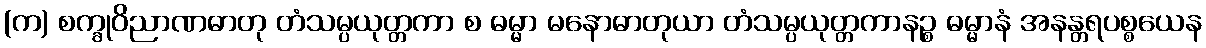
(က) စက္ခုဝိညာဏဓာတု တံသမ္ပယုတ္တကာ စ ဓမ္မာ မနောဓာတုယာ တံသမ္ပယုတ္တကာနဉ္စ ဓမ္မာနံ အနန္တရပစ္စယေန